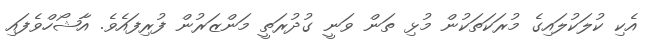
އެކި ކުލަކުލައިގެ މުރަކަތަކުން މުޅި ތަން ވަނީ ގުދުރަތީ މަންޒަރުން ފުރިފައެވެ. އާޝޯހްވެފައި